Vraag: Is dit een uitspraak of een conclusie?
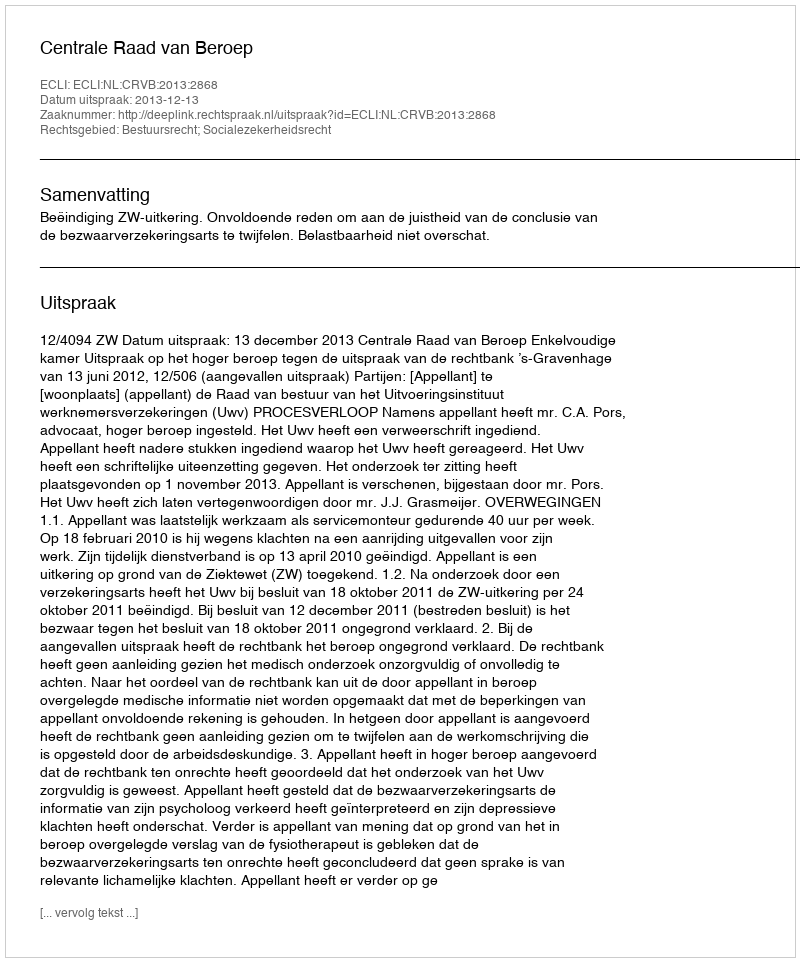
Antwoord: Uitspraak